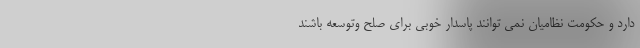
دارد و حکومت نظامیان نمی توانند پاسدار خوبی برای صلح وتوسعه باشند